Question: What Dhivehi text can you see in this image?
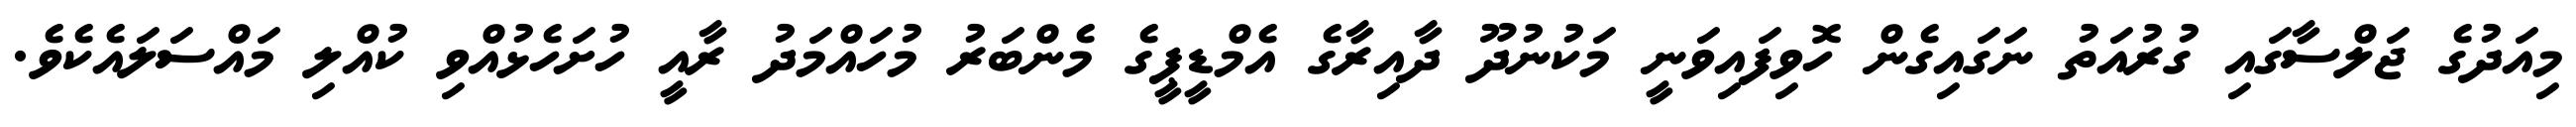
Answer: މިއަދުގެ ޖަލްސާގައި ގުރުއަތު ނަގައިގެން ހޮވިފައިވަނީ މަކުނުދޫ ދާއިރާގެ އެމްޑީޕީގެ މެންބަރު މުހައްމަދު ރާއީ ހުށަހެޅުއްވި ކުއްލި މައްސަލައެކެވެ.